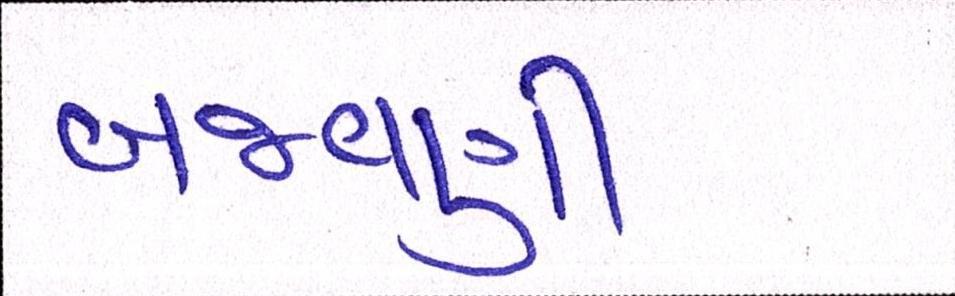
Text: બજવણી